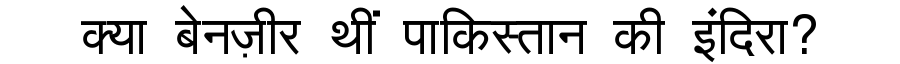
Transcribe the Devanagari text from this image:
क्या बेनज़ीर थीं पाकिस्तान की इंदिरा?